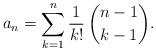
LaTeX: \begin{align*}a_n = \sum_{k=1}^n \frac{1}{k!}\,\binom{n-1}{k-1}.\end{align*}